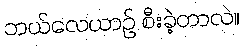
ဘယ်လေယာဉ် စီးခဲ့တာလဲ။